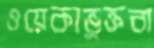
ওয়েকাভুক্তবা